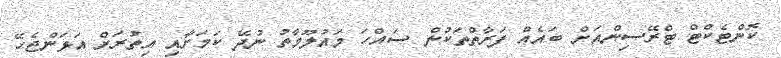
ކޮންޓެކްޓް ޓްރޭސިންއަށް ބައެެއް ފަރާތްތަކުން ސައްހަ މައުލޫމާތު ނުދޭ ކަމަށާއި އިތުރަށް އަޅަންޖެހޭ